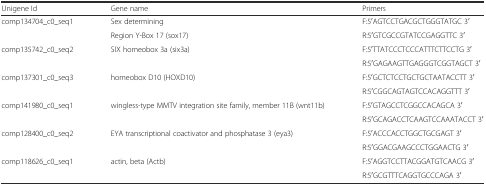
<table><thead><tr><td><b>Unigene Id</b></td><td><b>Gene name</b></td><td><b>Primers</b></td></tr></thead><tbody><tr><td rowspan="2">comp134704_c0_seq1</td><td>Sex determining</td><td>F:5ʹAGTCCTGACGCTGGGTATGC 3ʹ</td></tr><tr><td>Region Y-Box 17 (sox17)</td><td>R:5ʹGTCGCCGTATCCGAGGTTC 3ʹ</td></tr><tr><td rowspan="2">comp135742_c0_seq2</td><td rowspan="2">SIX homeobox 3a (six3a)</td><td>F:5ʹTTATCCCTCCCATTTCTTCCTG 3ʹ</td></tr><tr><td>R:5ʹGAGAAGTTGAGGGTCGGTAGCT 3ʹ</td></tr><tr><td rowspan="2">comp137301_c0_seq3</td><td rowspan="2">homeobox D10 (HOXD10)</td><td>F:5ʹGCTCTCCTGCTGCTAATACCTT 3ʹ</td></tr><tr><td>R:5ʹCGGCAGTAGTCCACAGGTTT 3ʹ</td></tr><tr><td rowspan="2">comp141980_c0_seq1</td><td rowspan="2">wingless-type MMTV integration site family, member 11B (wnt11b)</td><td>F:5ʹGTAGCCTCGGCCACAGCA 3ʹ</td></tr><tr><td>R:5ʹGCAGACCTCAAGTCCAAATACCT 3ʹ</td></tr><tr><td rowspan="2">comp128400_c0_seq2</td><td rowspan="2">EYA transcriptional coactivator and phosphatase 3 (eya3)</td><td>F:5ʹACCCACCTGGCTGCGAGT 3ʹ</td></tr><tr><td>R:5ʹGGACGAAGCCCTGGAACTG 3ʹ</td></tr><tr><td rowspan="2">comp118626_c0_seq1</td><td rowspan="2">actin, beta (Actb)</td><td>F:5ʹAGGTCCTTACGGATGTCAACG 3ʹ</td></tr><tr><td>R:5ʹGCGTTTCAGGTGCCCAGA 3ʹ</td></tr></tbody></table>